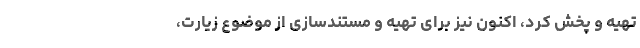
تهیه و پخش کرد، اکنون نیز برای تهیه و مستند‌سازی از موضوع زیارت،